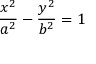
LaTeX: { \frac { x ^ { 2 } } { a ^ { 2 } } } - { \frac { y ^ { 2 } } { b ^ { 2 } } } = 1